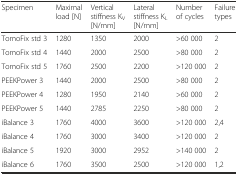
| Specimen | Maximal load [N] | Vertical stiffness KV [N/mm] | Lateral stiffness KL [N/mm] | Number of cycles | Failure types |
 | --- | --- | --- | --- | --- | --- |
 | TomoFix std 3 | 1280 | 1350 | 2000 | >60 000 | 2 |
 | TomoFix std 4 | 1440 | 2000 | 2500 | >80 000 | 2 |
 | TomoFix std 5 | 1760 | 2500 | 2200 | >120 000 | 2 |
 | PEEKPower 3 | 1440 | 2000 | 2500 | >80 000 | 2 |
 | PEEKPower 4 | 1280 | 1950 | 2140 | >60 000 | 2 |
 | PEEKPower 5 | 1440 | 2785 | 2250 | >80 000 | 2 |
 | iBalance 3 | 1760 | 4000 | 3600 | >120 000 | 2,4 |
 | iBalance 4 | 1760 | 3000 | 3400 | >120 000 | 2 |
 | iBalance 5 | 1920 | 3000 | 2952 | >140 000 | 2 |
 | iBalance 6 | 1760 | 3500 | 2500 | >120 000 | 1,2 |